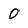
Character: 0